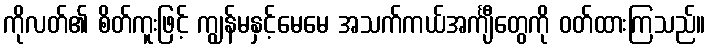
ကိုလတ်၏ စိတ်ကူးဖြင့် ကျွန်မနှင့်မေမေ အသက်ကယ်အင်္ကျီတွေကို ဝတ်ထားကြသည်။